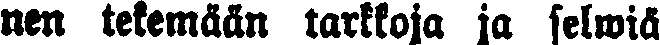
nen tekemään tarkkoja ja selwiä